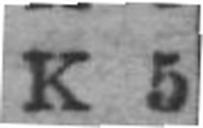
K 5